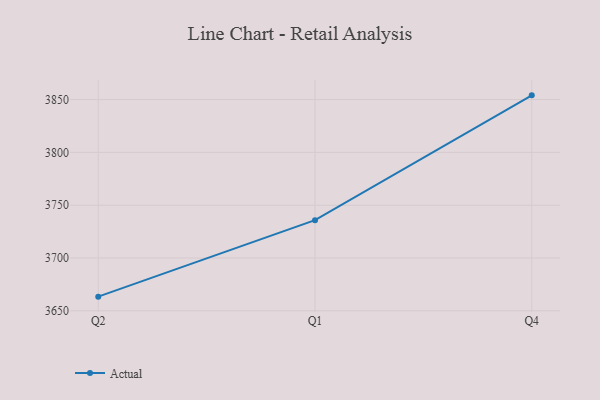
{"axis": {"x": "Quarter", "y": "Waste Production (Tons)"}, "legend": ["Actual"], "data": [{"x": "Q2", "y": 3663.4, "type": "Actual"}, {"x": "Q1", "y": 3735.8, "type": "Actual"}, {"x": "Q4", "y": 3854.0, "type": "Actual"}]}